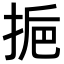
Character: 𢬯